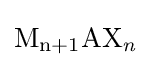
{\mathrm {M} {\vphantom {A}}_{\smash[{t}]{{\mathit {\mathrm {n} }}+1}}\mathrm {AX} {\vphantom {A}}_{\smash[{t}]{\mathit {n}}}}